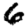
Digit: 6